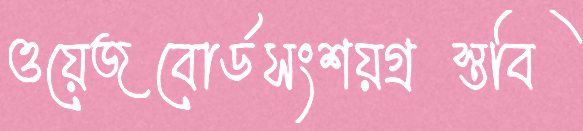
ওয়েজবোর্ডসংশয়গ্রস্তবি